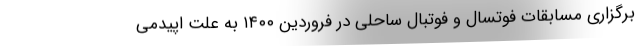
برگزاری مسابقات فوتسال و فوتبال ساحلی در فروردین ۱۴۰۰ به علت اپیدمی